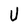
Character: U